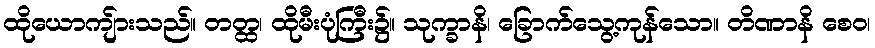
ထိုယောကျ်ားသည်။ တတ္ထ၊ ထိုမီးပုံကြီး၌။ သုက္ခာနိ၊ ခြောက်သွေ့ကုန်သော။ တိဏာနိ စေဝ၊